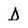
Character: D